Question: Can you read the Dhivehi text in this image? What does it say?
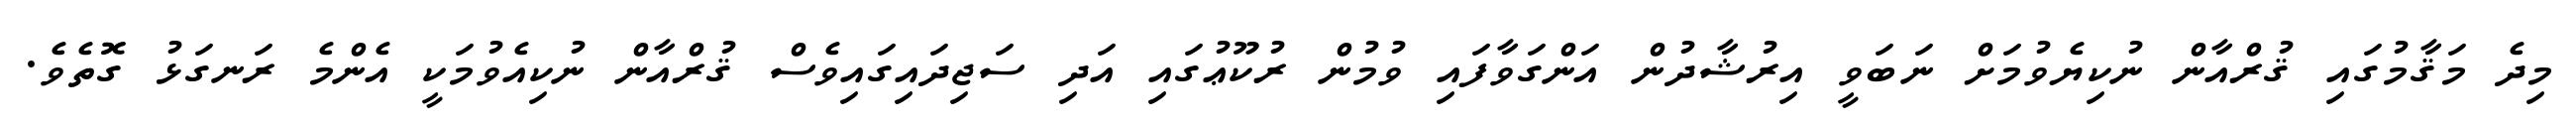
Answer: މިދެ މަޤާމުގައި ޤުރްއާން ނުކިޔެވުމަށް ނަބަވީ އިރުޝާދުން އަންގަވާފައި ވުމުން ރުކޫޢުގައި އަދި ސަޖިދައިގައިވެސް ޤުރްއާން ނުކިއެވުމަކީ އެންމެ ރަނގަޅު ގޮތެވެ.